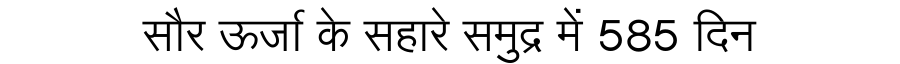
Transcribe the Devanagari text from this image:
सौर ऊर्जा के सहारे समुद्र में 585 दिन